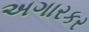
અગારકર